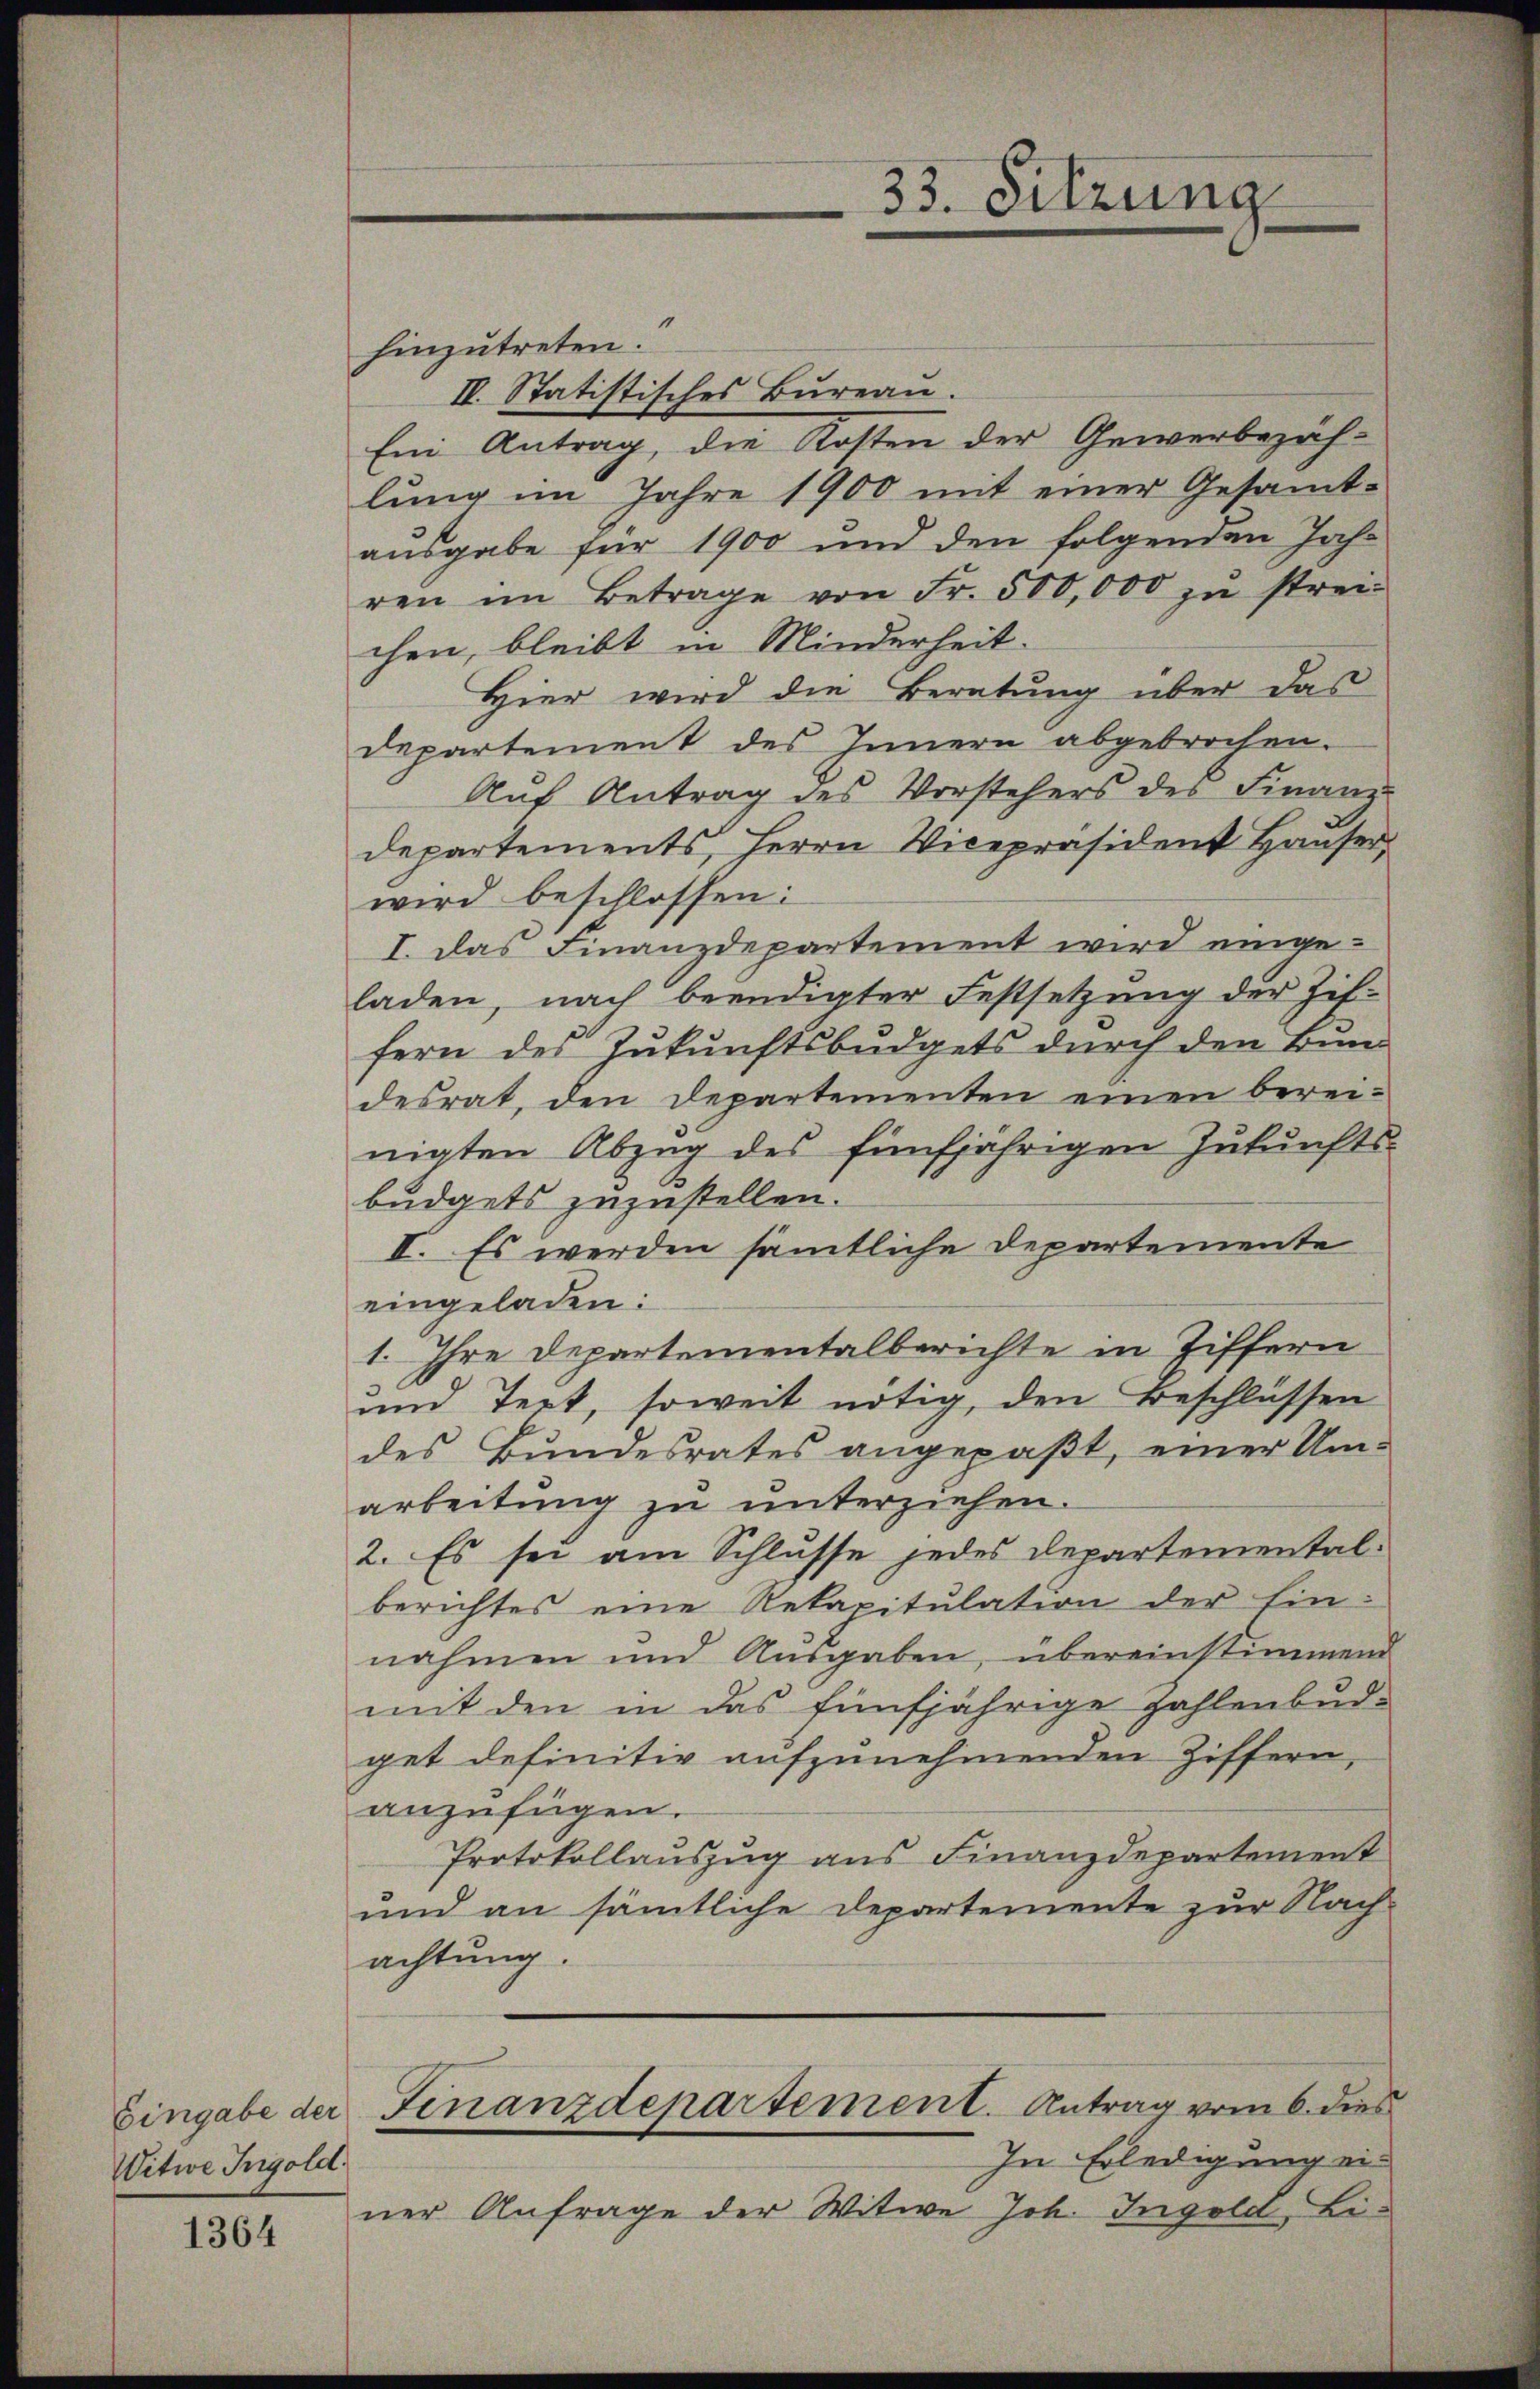
Witwe Ingold.

1364

hinzutreten.
IV. Statistisches Bureau.
Ein Antrag, die Kosten der Gewerbezäh-
lung im Jahre 1900 mit einer Gesamt-
ausgabe für 1900 und den folgenden Jah-
ren im Betrage von Fr. 500,000 zŭ strei-
chen, bleibt in Minderheit.
Hier wird die Beratung über das
Departement des Innern abgebrochen.
Auf Antrag des Vorstehers des Finanz-
departements, Herrn Vicepräsident Hauser
wird beschlossen:
I. Das Finanzdepartement wird einge-
laden, nach beendigter Festsetzung der Zif.
fern des Zukunftsbudgets durch den Bundesrat, den Departementen einen bereinigten Abzug des fünfjährigen Zukunfts-
büdgets zuzustellen.
II. Es werden sämtliche Departemente
eingeladen:
1. Ihre Departementalberichte in Ziffern
und Text, soweit nötig, den Beschlüssen
des Bundesrates angepaßt, einer Um-
arbeitung zu unterziehen.
2. Es sei am Schlusse jedes Departemental-
berichtes eine Rekapitulation der Einnahmen und Ausgaben, übereinstimmend
mit den in das fünfjährige Zahlenbud-
get definitiv aufzunehmenden Ziffern,
anzufügen.
Protokollauszug aus Finanzdepartement
und an sämtliche Departemente zur Nach-
achtung.
Eingabe der Finanzdepartement. Antrag vom 6. dies
In Erledigung ein
ner Anfrage der Witwe Joh. Ingold Bi-

33. Sitzung